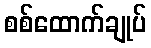
စစ်ထောက်ချုပ်